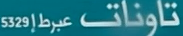
تاونات عبرطإ 5